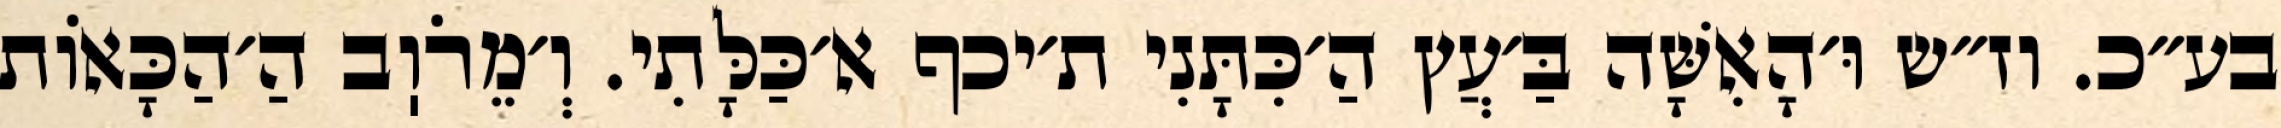
בע״כ. וז״ש וּ׳הָאִשָּׁה בַּ׳עֲץ הַ׳כִּתָּנִי ת׳יכף א׳כַּלָּתִי. וְ׳מֵרֹוֽב הַ׳הַכָּאוֹת